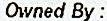
OWNED BY :